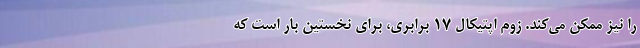
را نیز ممکن می‌کند. زوم اپتیکال ۱۷ برابری، برای نخستین بار است که